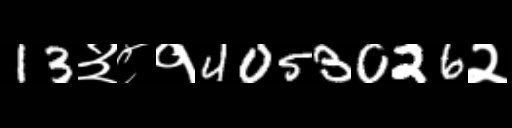
Text: 13३८१4053026२